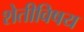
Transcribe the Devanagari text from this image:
शेतीविषय